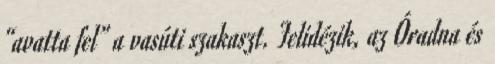
“avatta fel” a vasúti szakaszt. Felidézik, az Óradna és